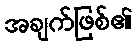
အချက်ဖြစ်၏